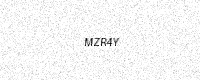
Text: MZR4Y